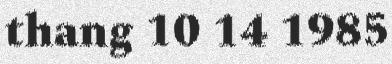
thang 10 14 1985